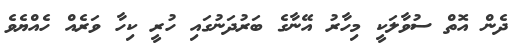
ދެން އޮތް ސުވާލަކީ މިހާރު އޭނާގެ ބަރުދަނުގައި ހުރީ ކިހާ ވަރެއް ހެއްޔެވެ